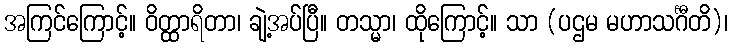
အကြင်ကြောင့်။ ဝိတ္ထာရိတာ၊ ချဲ့အပ်ပြီ။ တသ္မာ၊ ထိုကြောင့်။ သာ (ပဌမ မဟာသင်္ဂီတိ)၊